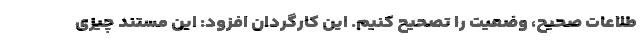
طلاعات صحیح، وضعیت را تصحیح کنیم. این کارگردان افزود: این مستند چیزی